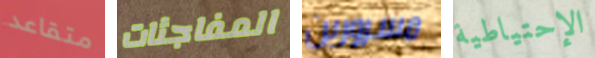
متقاعد المفاجئات مسرورين الإحتياطية